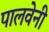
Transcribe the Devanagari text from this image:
पालवेनी